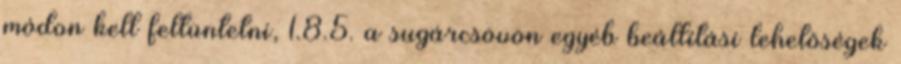
módon kell feltüntetni, 1.8.5. a sugárcsövön egyéb beállítási lehetõségek